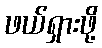
ဖယ်ရှားဖို့